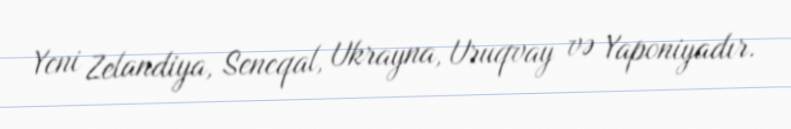
Yeni Zelandiya, Seneqal, Ukrayna, Uruqvay və Yaponiyadır.